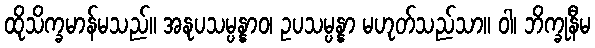
ထိုသိက္ခမာန်မသည်။ အနုပသမ္ပန္နာဝ၊ ဥပသမ္ပန္နာ မဟုတ်သည်သာ။ ဝါ၊ ဘိက္ခုနီမ